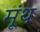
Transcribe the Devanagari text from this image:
मूंथ